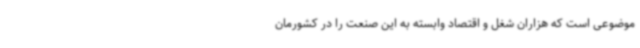
موضوعی است که هزاران شغل و اقتصاد وابسته به این صنعت را در کشورمان